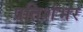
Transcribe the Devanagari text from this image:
प्रतिशंभर